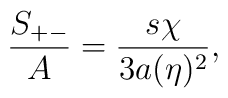
{S_{+-}\over A} = {s\chi\over 3a(\eta)^2},